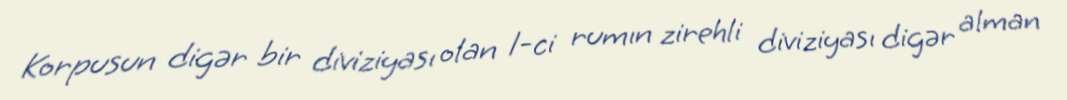
Korpusun digər bir diviziyası olan 1-ci rumın zirehli diviziyası digər alman